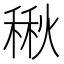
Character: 𮃚